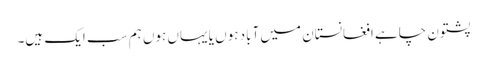
پشتون چاہے افغانستان میں آباد ہوں یا یہاں ہوں ہم سب ایک ہیں۔